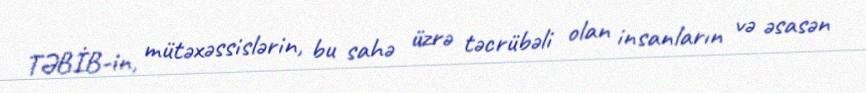
TƏBİB-in, mütəxəssislərin, bu sahə üzrə təcrübəli olan insanların və əsasən